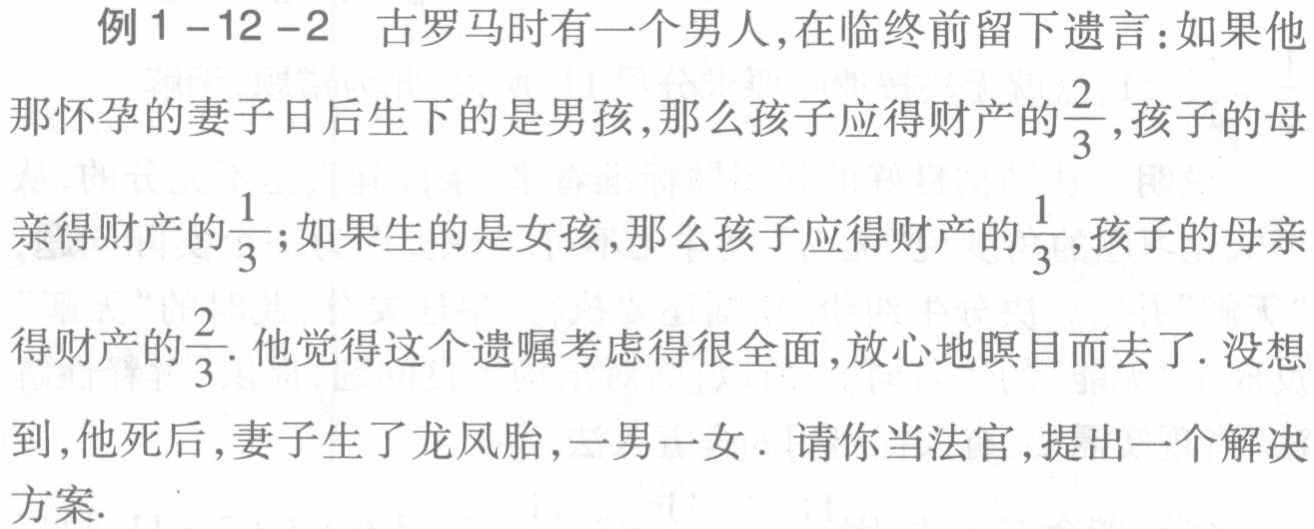
例1 -12 -2 古罗马时有一个男人,在临终前留下遗言：如果他

那怀孕的妻子日后生下的是男孩,那么孩子应得财产的$\frac{2}{3}$,孩子的母

亲得财产的$\frac{1}{3}$；如果生的是女孩,那么孩子应得财产的$\frac{1}{3}$,孩子的母亲

得财产的$\frac{2}{3}$. 他觉得这个遗嘱考虑得很全面,放心地瞑目而去了. 没想

到,他死后,妻子生了龙凤胎,一男一女 . 请你当法官,提出一个解决

方案.